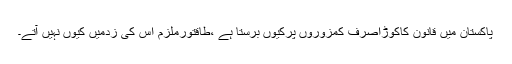
پاکستان میں قانون کاکوڑاصرف کمزوروں پرکیوں برستا ہے ،طاقتورملزم اس کی زدمیں کیوں نہیں آتے۔